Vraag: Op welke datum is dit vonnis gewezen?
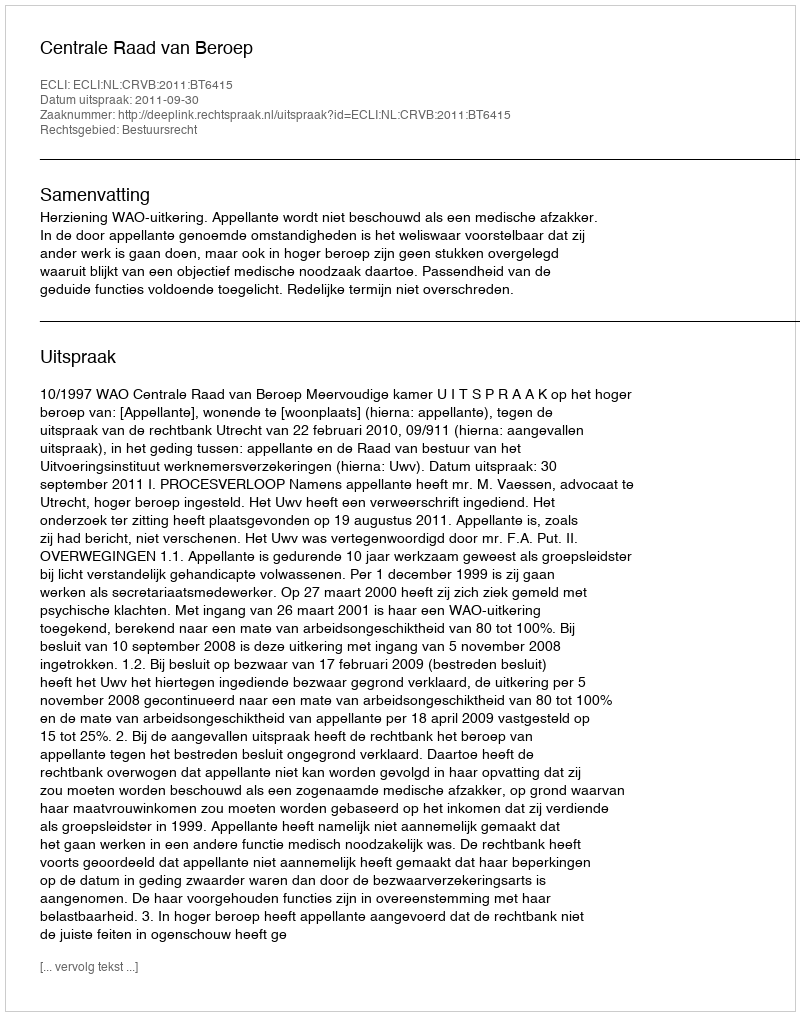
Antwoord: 2011-09-30